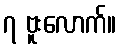
၇ ဗူးလောက်။